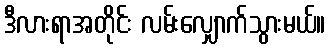
ဒီလားရာအတိုင်း လမ်းလျှောက်သွားမယ်။